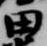
田